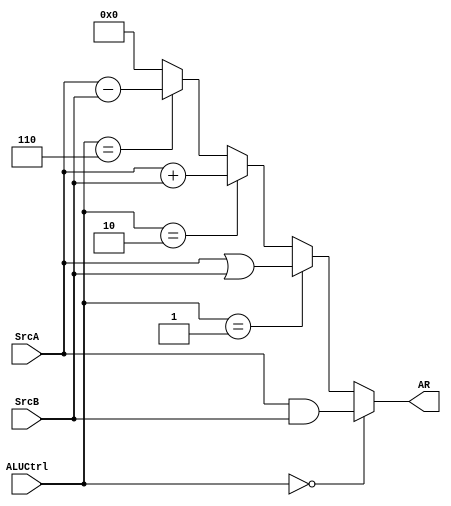
module ALU (
    //input
    input [31:0] SrcA,
    input [31:0] SrcB,
    input [2:0] ALUCtrl,
    //output
    output [31:0] AR
);
    
    assign AR = (ALUCtrl == 3'b000) ? (SrcA & SrcB) :
                (ALUCtrl == 3'b001) ? (SrcA | SrcB) :
                (ALUCtrl == 3'b010) ? (SrcA + SrcB) :
                (ALUCtrl == 3'b110) ? (SrcA - SrcB) :
                32'h0000_0000;
    
endmodule